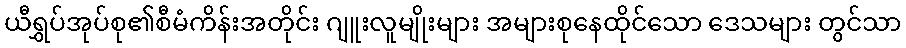
ယီရွှပ်အုပ်စု၏စီမံကိန်းအတိုင်း ဂျူးလူမျိုးများ အများစုနေထိုင်သော ဒေသများ တွင်သာ